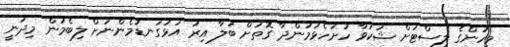
މީހުންގެ ލިސްޓަށް ޝަކުވާ ހުށަހެޅުމުންދާ ގޮތަށް ބަލާ އިރު އަޅުގަނޑުމެންނަށް ލިބެމުން މިދަނީ